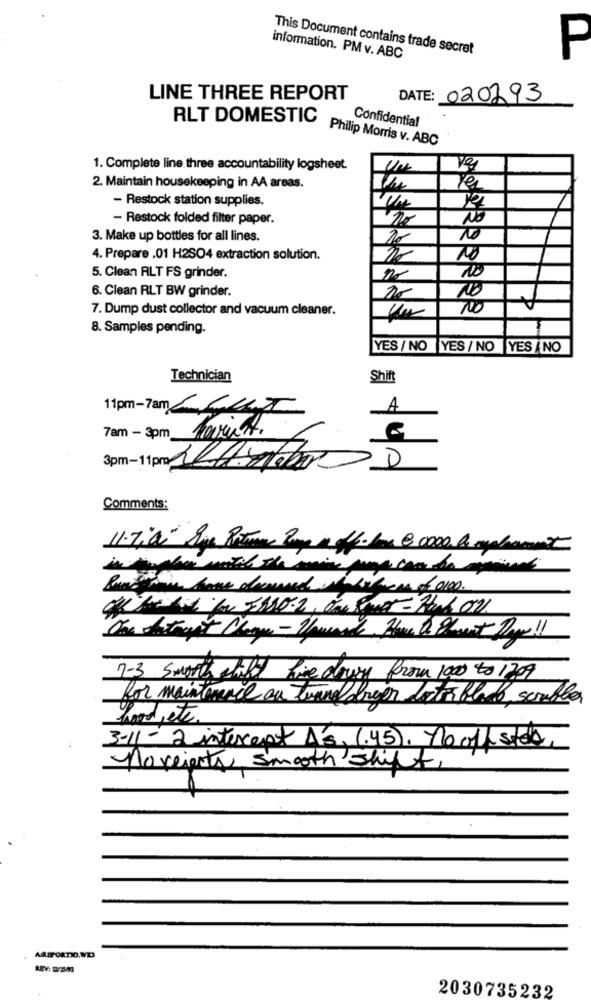
This Document contains trade secret
P
information. PM v. ABC
LINE THREE REPORT
DATE: 020293
RLT DOMESTIC
Confidential
Philip Morris v. ABC
1. Complete line three accountability logsheet.
Un
2. Maintain housekeeping in AA areas.
- Restock station supplies.
- Restock folded filter paper.
NO
3. Make up bottles for all lines.
To
4. Prepare .01 H2SO4 extraction solution.
5. Clean RLT FS grinder.
6. Clean RLT BW grinder.
7. Dump dust collector and vacuum cleaner.
NO
POPRRERPRI
8. Samples pending.
YES / NO YES / NO YES /NO
Technician
Shift
11pm-7am
A
7am - 3pm minst.
3pm-11p
Comments:
11.7:00- Sip Returns Para a offer for 80000 he suplement
Bundan home decanned whatshem of 0100.
7-3 smooth shift five down from 1000 to 1209
for maintenance au tunnel dagen lota blade , scrabble
Food, etc.
3-11 - 2 interest As, 1.45), no off stek
Moveienty, Smooth Shift,
REV: 8/BM
2030735232